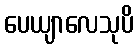
ပေယျာလေသုပိ